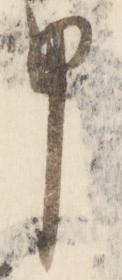
申